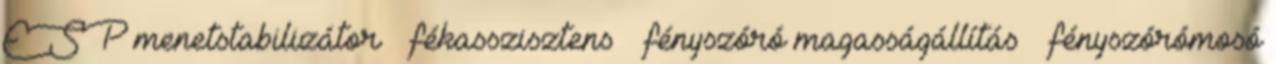
ESP menetstabilizátor – fékasszisztens – fényszóró magasságállítás – fényszórómosó